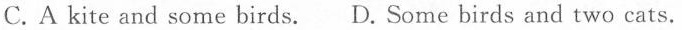
C.A kite and some birds.D. Some birds and two cats.